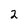
Character: 2